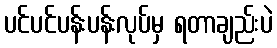
ပင်ပင်ပန်းပန်းလုပ်မှ ရတာချည်းပဲ